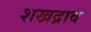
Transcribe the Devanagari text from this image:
शखद्राव